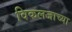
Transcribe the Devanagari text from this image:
विकलजाच्या